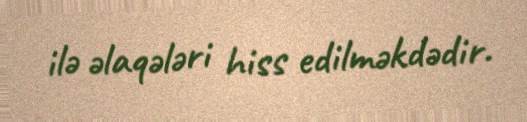
ilə əlaqələri hiss edilməkdədir.